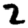
Digit: 2